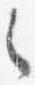
之